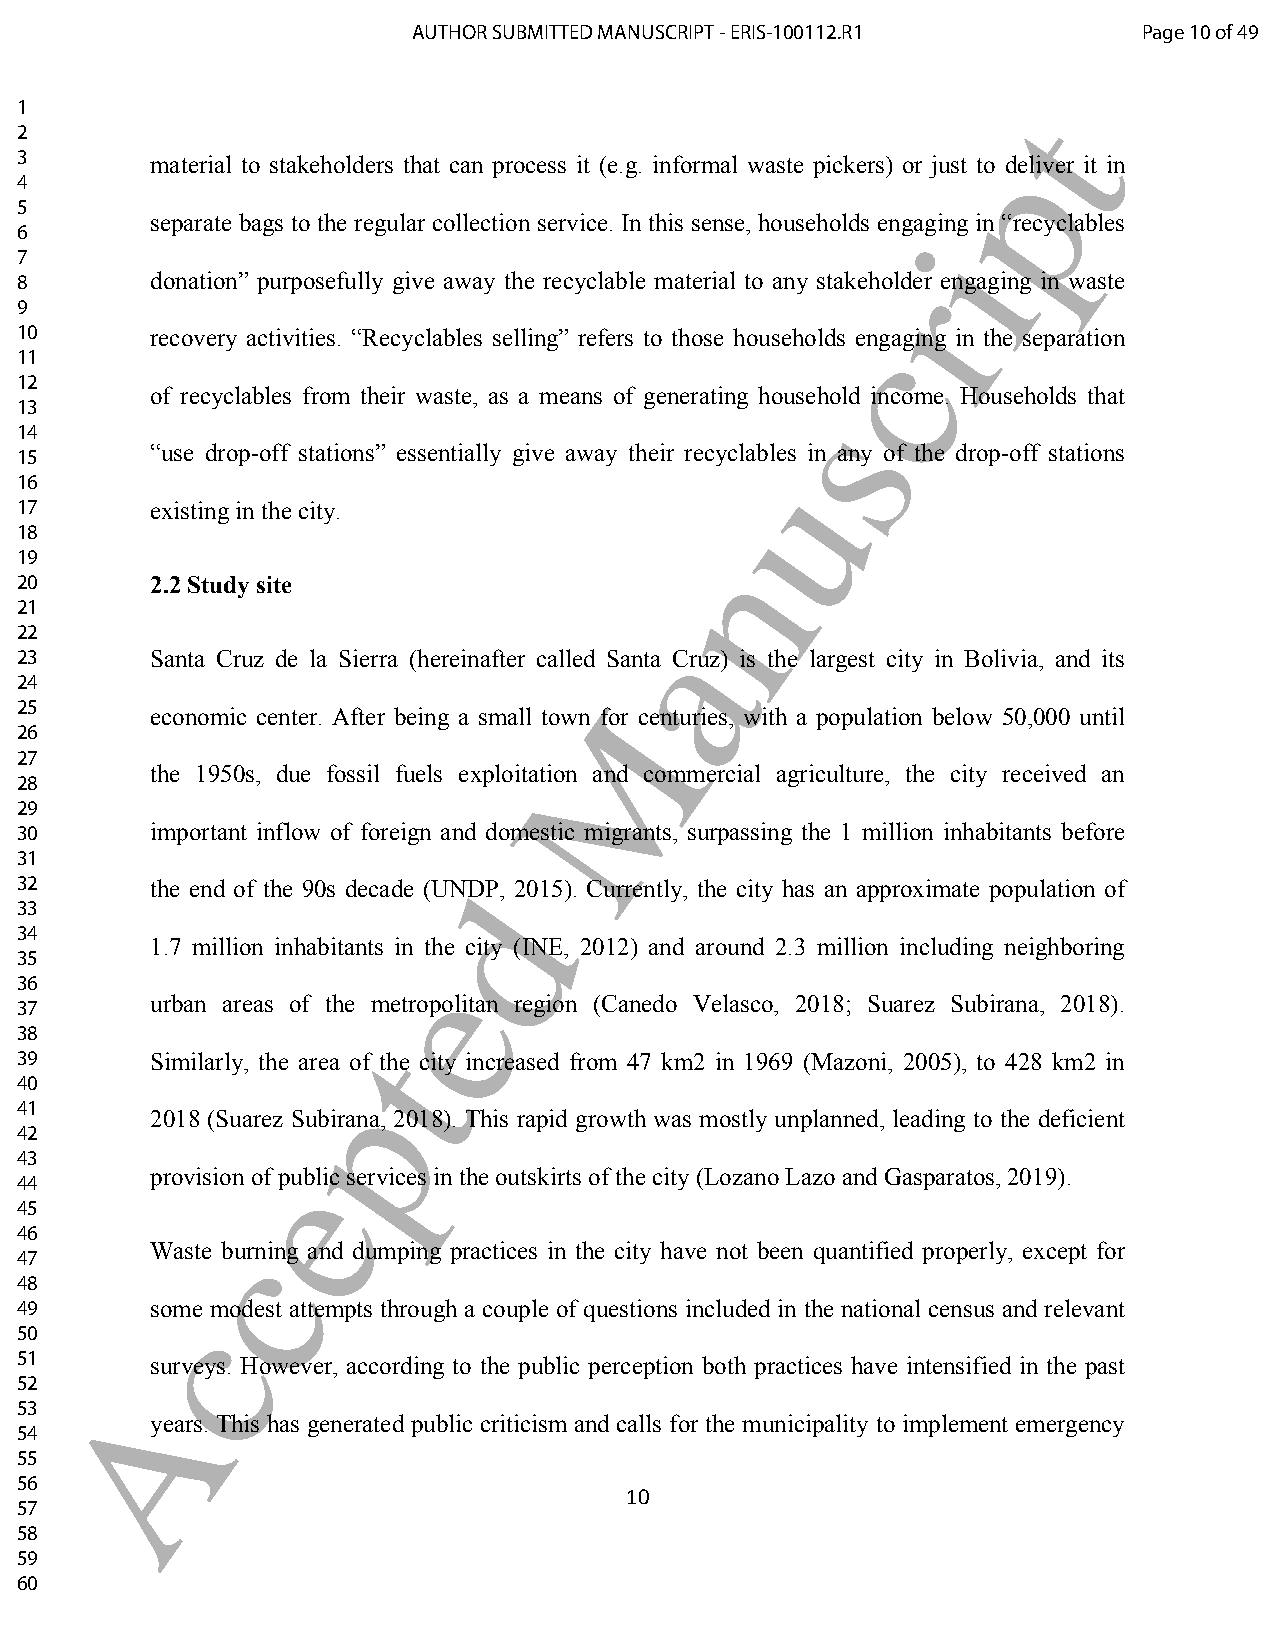
AUTHOR SUBMITTED MANUSCRIPT - ERIS-100112.R1     Page 10 of 49
 1                                                                 t
 2
 p
 3        material to stakeholders that can process it (e.g. informal waste pickers) or just to deliver it in
 4
 5
 separate bags to the regular collection service. In this sense, households engaging in “recyclables
 6                                                           i
 7
 8        donation” purposefully give away the recyclable material to any stakehorlder engaging in waste
 9
 10       recovery activities. “Recyclables selling” refers to those households c engaging in the separation
 11
 12
 of recyclables from their waste, as a means of generating household income. Households that
 s
 13
 14
 “use drop-off stations” essentially give away their recyclables in any of the drop-off stations
 15
 u
 16
 17       existing in the city.
 18
 n
 19
 20       2.2 Study site
 21
 a
 22
 23       Santa Cruz de la Sierra (hereinafter called Santa Cruz) is the largest city in Bolivia, and its
 24
 M
 25       economic center. After being a small town for centuries, with a population below 50,000 until
 26
 27
 the 1950s, due fossil fuels exploitation and commercial agriculture, the city received an
 28
 29
 30       important inflow of foreign and domestic migrants, surpassing the 1 million inhabitants before
 31
 32       the end of the 90s decade (UNdDP, 2015). Currently, the city has an approximate population of
 33
 34
 1.7 million inhabitants in the city (INE, 2012) and around 2.3 million including neighboring
 35
 e
 36
 urban areas of the metropolitan region (Canedo Velasco, 2018; Suarez Subirana, 2018).
 37
 38                    t
 39       Similarly, the area of the city increased from 47 km2 in 1969 (Mazoni, 2005), to 428 km2 in
 40                  p
 41
 2018 (Suarez Subirana, 2018). This rapid growth was mostly unplanned, leading to the deficient
 42
 43               e
 provision of public services in the outskirts of the city (Lozano Lazo and Gasparatos, 2019).
 44
 45
 46           c
 Waste burning and dumping practices in the city have not been quantified properly, except for
 47
 48
 49       socme modest attempts through a couple of questions included in the national census and relevant
 50
 51       surveys. However, according to the public perception both practices have intensified in the past
 52     A
 53
 years. This has generated public criticism and calls for the municipality to implement emergency
 54
 55
 56
 10
 57
 58
 59
 60